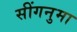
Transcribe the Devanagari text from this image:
सींगनुमा